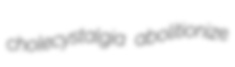
cholecystalgia abolitionize